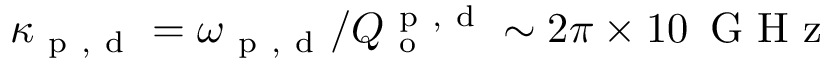
\kappa _ { \mathrm { ~ p ~ , ~ d ~ } } = \omega _ { \mathrm { ~ p ~ , ~ d ~ } } / Q _ { \mathrm { ~ o ~ } } ^ { \mathrm { ~ p ~ , ~ d ~ } } \sim 2 \pi \times 1 0 \, \mathrm { ~ G ~ H ~ z ~ }